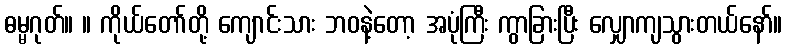
ဓမ္မဂုတ်။ ။ ကိုယ်တော်တို့ ကျောင်းသား ဘဝနဲ့တော့ အပုံကြီး ကွာခြားပြီး လျှောကျသွားတယ်နော်။